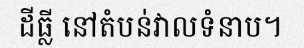
ដីធ្លី នៅតំបន់វាលទំនាប។